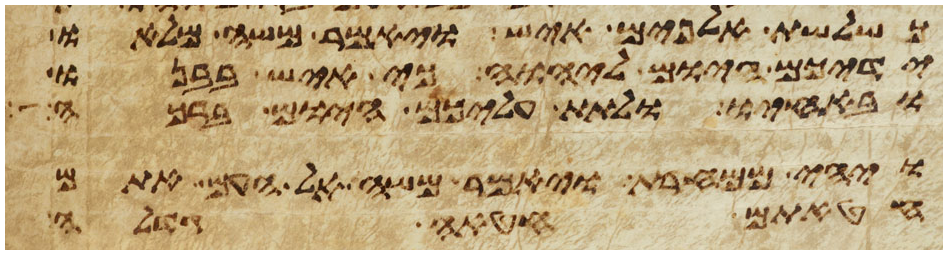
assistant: כשלשת אלפים איש ויאמר משה מלאו
ידיכם היום ליהוה כי איש בבנו
ובאחיו ולתת עליכם היום ברכה
ויהי ממחרת ויאמר משה אל העם אתם
חטאתם חטאה גדלה